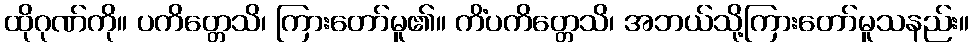
ထိုဂုဏ်ကို။ ပကိတ္တေသိ၊ ကြားတော်မူ၏။ ကိံပကိတ္တေသိ၊ အဘယ်သို့ကြားတော်မူသနည်း။